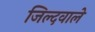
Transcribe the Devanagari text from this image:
जिल्दवाले